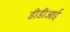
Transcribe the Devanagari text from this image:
डीडीआई